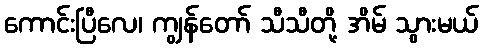
ကောင်းပြီလေ၊ ကျွန်တော် သီသီတို့ အိမ် သွားမယ်